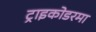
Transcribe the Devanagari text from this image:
ट्राइकोडरमा